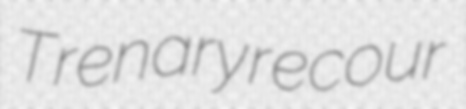
Trenary recour